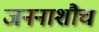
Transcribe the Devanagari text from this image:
जननाशौच